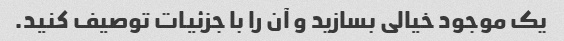
یک موجود خیالی بسازید و آن را با جزئیات توصیف کنید.